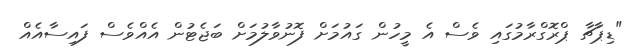
"ޑިޕާޗާ ޕްރޮގްރާމުގައި ވެސް އެ މީހުން ގައުމަށް ފޮނުވާލުމަށް ބަޖެޓުން އެއްވެސް ފައިސާއެއް